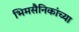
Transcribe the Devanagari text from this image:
भिमसैनिकांच्या